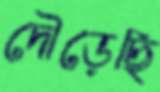
দৌড়েছি